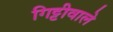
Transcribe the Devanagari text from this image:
गिट्टीवाले